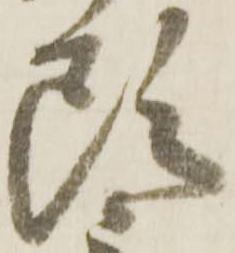
頭